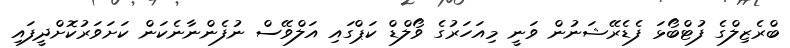
ބްރެޒިލްގެ ފުޓްބޯޅަ ފެޑެރޭޝަނުން ވަނީ މިއަހަރުގެ ވޯލްޑް ކަޕްގައި އަލްވޭސް ނުފެންނާނެކަން ކަށަވަރުކޮށްދީފައި